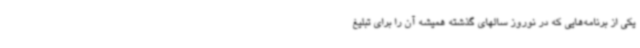
یکی از برنامه‌هایی که در نوروز سالهای گذشته همیشه آن را برای تبلیغ